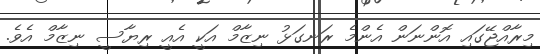
މިރާއްޖޭގައި އޮންނަން އެންމެ ރަނގަޅު ނިޒާމް އަކީ އެއީ ރިޔާސީ ނިޒާމް އެވެ.